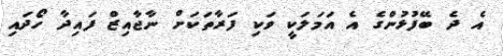
އެ ދެ ބޭފުޅުންގެ އެ އަމަލަކީ ވަކި ފަރާތަކަށް ނާޖާއިޒް ފައިދާ ހޯދައި